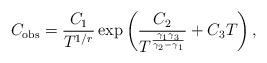
LaTeX: \begin{align*} C_{\mathrm{obs}} = \frac{C_1}{T^{1/r}} \exp \left(\frac{C_2}{T^{\frac{\gamma_1 \gamma_3}{\gamma_2 - \gamma_1}}} + C_3 T\right), \end{align*}